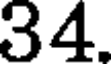
34.